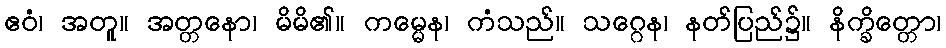
ဧဝံ၊ အတူ။ အတ္တနော၊ မိမိ၏။ ကမ္မေန၊ ကံသည်။ သဂ္ဂေန၊ နတ်ပြည်၌။ နိက္ခိတ္တော၊